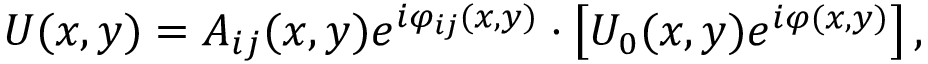
U ( x , y ) = A _ { i j } ( x , y ) e ^ { i \varphi _ { i j } ( x , y ) } \cdot \left[ U _ { 0 } ( x , y ) e ^ { i \varphi ( x , y ) } \right] ,